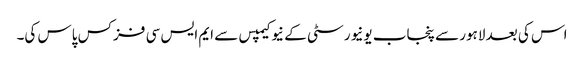
اس کی بعد لاہور سے پنجاب یونیورسٹی کے نیو کیمپس سے ایم ایس سی فزکس پاس کی۔